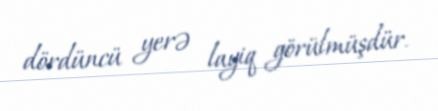
dördüncü yerə layiq görülmüşdür.